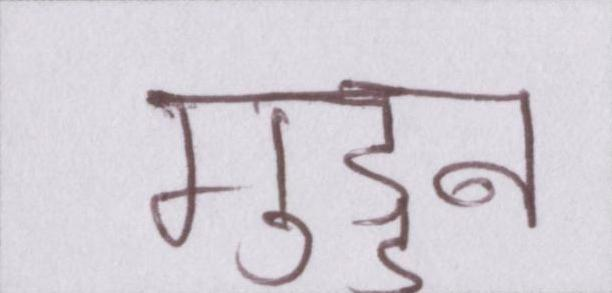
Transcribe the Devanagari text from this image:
गुड्डन